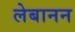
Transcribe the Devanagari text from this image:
लेबानन